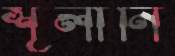
শূলানি